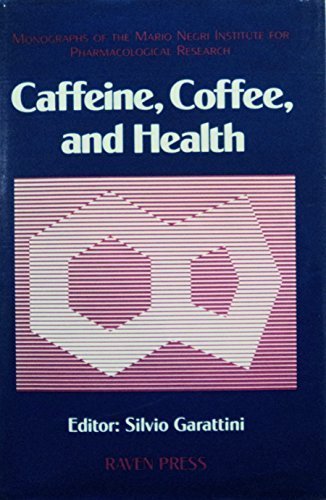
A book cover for Caffeine, Coffee, and Health (Monographs of the Mario Negri Institute for Pharmacological Research, Milan); Health, Fitness & Dieting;